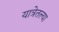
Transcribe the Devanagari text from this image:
यात्रेतल्या